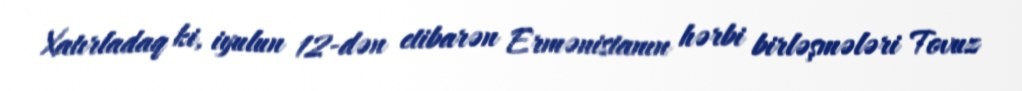
Xatırladaq ki, iyulun 12-dən etibarən Ermənistanın hərbi birləşmələri Tovuz